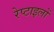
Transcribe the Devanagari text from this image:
रेप्टाइलों